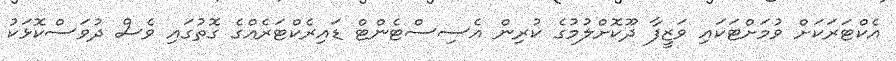
އެކްޓަރަކަށް ވުމަށްޓަކައި ވަޒީފާ ދޫކޮށްލުމުގެ ކުރިން އެސިސްޓެންޓް ޑައިރެކްޓަރެއްގެ ގޮތުގައި ވެސް ދުވަސްކޮޅަކު